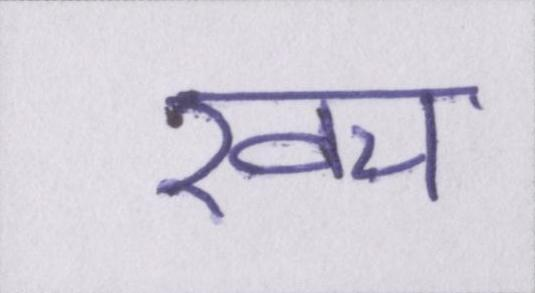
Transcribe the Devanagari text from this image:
खच॔